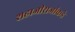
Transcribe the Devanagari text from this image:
शहाजीराजांकडे